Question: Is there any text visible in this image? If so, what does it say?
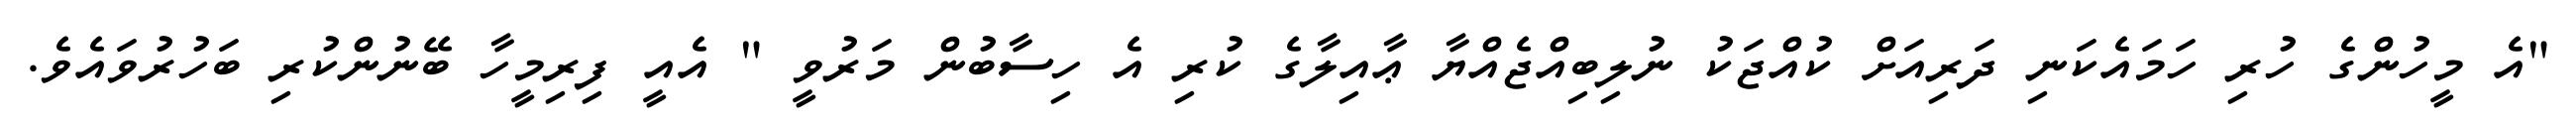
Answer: "އެ މީހުންގެ ހުރި ހަމައެކަނި ދަރިއަށް ކުއްޖަކު ނުލިބިއްޖެއްޔާ ޢާއިލާގެ ކުރި އެ ހިސާބުން މަރުވީ " އެއީ ފިރިމީހާ ބޭނުންކުރި ބަހުރުވައެވެ.